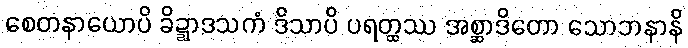
စေတနာယောပိ ခိဍ္ဍာဒသကံ ဒိသာပိ ပရတ္ထဿ အစ္ဆာဒိတော သောဘနာနိ